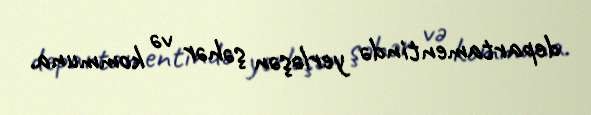
departamentində yerləşən şəhər və kommuna.